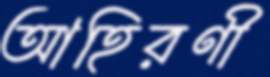
আহিরণী